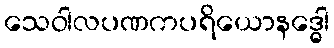
သေဝါလပဏကပရိယောနဒ္ဓေါ